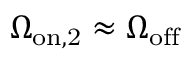
\Omega _ { \mathrm { o n , 2 } } \approx \Omega _ { \mathrm { o f f } }